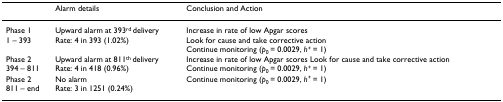
|  | Alarm details | Conclusion and Action |
 | --- | --- | --- |
 | Phase 11 – 393 | Upward alarm at 393rd deliveryRate: 4 in 393 (1.02%) | Increase in rate of low Apgar scoresLook for cause and take corrective actionContinue monitoring (p0 = 0.0029, h+ = 1) |
 | Phase 2394 – 811 | Upward alarm at 811th deliveryRate: 4 in 418 (0.96%) | Increase in rate of low Apgar scores Look for cause and take corrective actionContinue monitoring (p0 = 0.0029, h+ = 1) |
 | Phase 2811 – end | No alarmRate: 3 in 1251 (0.24%) | Continue monitoring (p0 = 0.0029, h+ = 1) |